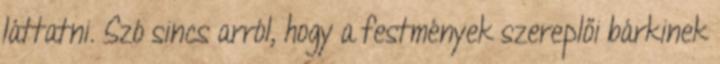
láttatni. Szó sincs arról, hogy a festmények szereplői bárkinek